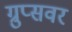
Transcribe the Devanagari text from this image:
ग्रुप्सवर